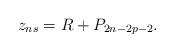
LaTeX: \begin{align*}z_{ns}=R+P_{2n-2p-2}.\end{align*}